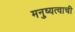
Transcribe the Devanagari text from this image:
मनुष्यत्वाची